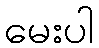
မေးပါ